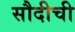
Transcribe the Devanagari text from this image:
सौदीची